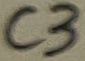
Text: C3